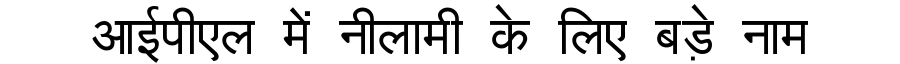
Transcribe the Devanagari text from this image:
आईपीएल में नीलामी के लिए बड़े नाम